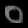
Digit: ၀